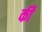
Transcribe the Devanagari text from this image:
की॑